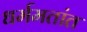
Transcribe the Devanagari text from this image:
धर्ममतांत